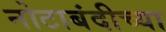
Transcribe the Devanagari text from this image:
नोटाबंदीच्या